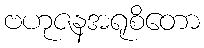
ဗဟုဇနအရုစိတော